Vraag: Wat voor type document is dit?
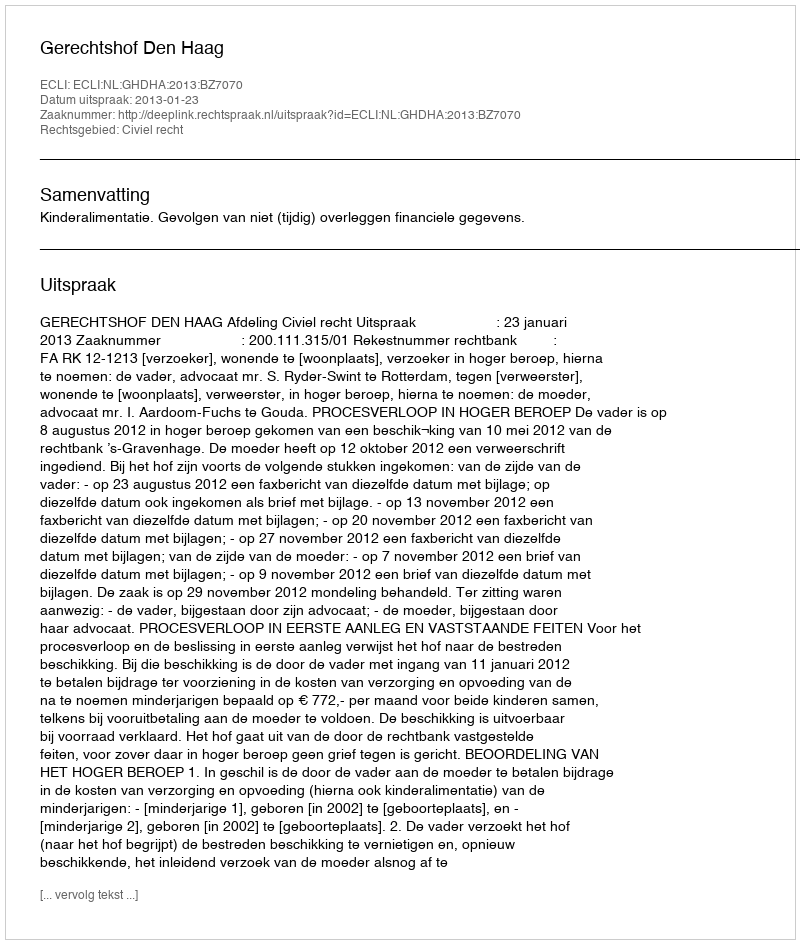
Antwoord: Uitspraak